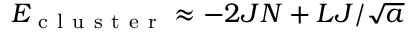
E _ { \mathrm { ~ c ~ l ~ u ~ s ~ t ~ e ~ r ~ } } \approx - 2 J N + L J / \sqrt { a }